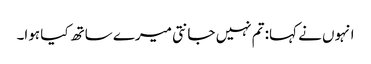
انہوں نے کہا: تم نہیں جانتی میرے ساتھ کیا ہوا۔